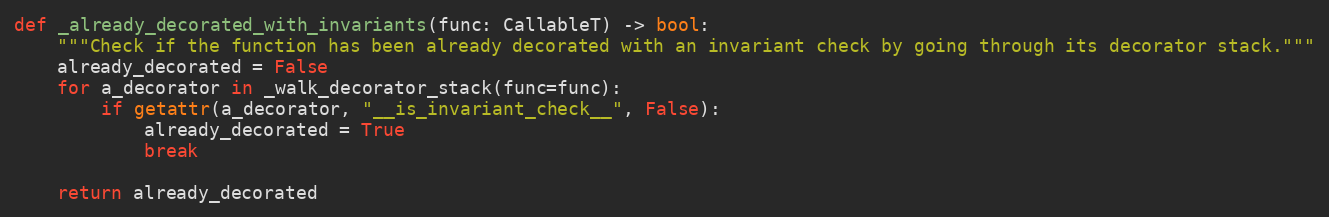
Language: Python
def _already_decorated_with_invariants(func: CallableT) -> bool:
    """Check if the function has been already decorated with an invariant check by going through its decorator stack."""
    already_decorated = False
    for a_decorator in _walk_decorator_stack(func=func):
        if getattr(a_decorator, "__is_invariant_check__", False):
            already_decorated = True
            break

    return already_decorated